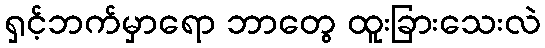
ရှင့်ဘက်မှာရော ဘာတွေ ထူးခြားသေးလဲ